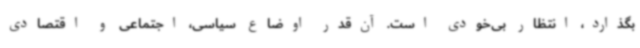
بگذارد، انتظار بی‌خودی است. آن‌قدر اوضاع سیاسی، اجتماعی و اقتصادی